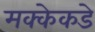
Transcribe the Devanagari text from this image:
मक्केकडे